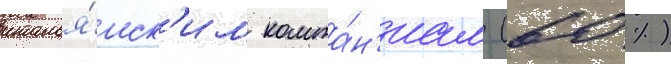
италья́нск'им компа́н'иам (60 %)